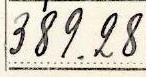
389.28